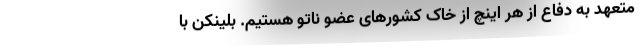
متعهد به دفاع از هر اینچ از خاک کشورهای عضو ناتو هستیم. بلینکن با